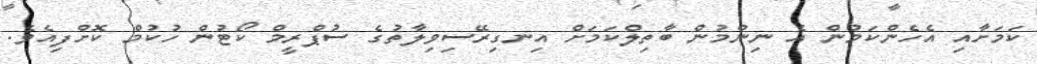
ކަމަށާއި އެހެންކަމުން އެ ނިންމުން ބާތިލްކަމަށް އިނގިރޭސިވިލާތުގެ ސުޕްރީމް ކޯޓުން ހުކުމް ކޮށްފިއެވެ.